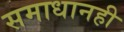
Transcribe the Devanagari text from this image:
समाधानही